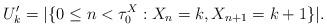
LaTeX: \begin{align*}U_k' = |\{0 \leq n < \tau_0^X: X_n = k, X_{n+1} = k+1\}|.\end{align*}